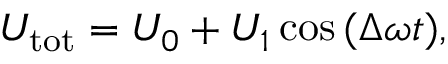
U _ { \mathrm { t o t } } = U _ { 0 } + U _ { 1 } \cos { ( \Delta \omega t ) } ,